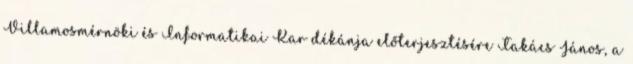
Villamosmérnöki és Informatikai Kar dékánja előterjesztésére Takács János, a